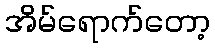
အိမ်ရောက်တော့